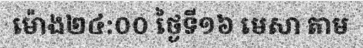
ម៉ោង២៤:០០ ថ្ងៃទី១៦ មេសា តាម